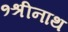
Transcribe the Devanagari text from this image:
१श्रीनाथ